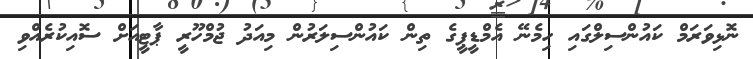
ނޮޅިވަރަމް ކައުންސިލްގައި ހިމެނޭ އެމްޑީޕީގެ ތިން ކައުންސިލަރުން މިއަދު ޖުމްހޫރީ ޕާޓީއަށް ސޮއިކުރެއްވި